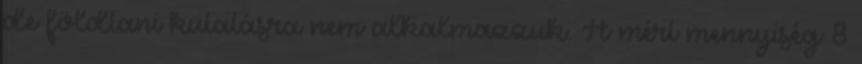
de földtani kutatásra nem alkalmazzuk. A mért mennyiség 8